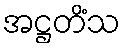
အဋ္ဌတိံသ